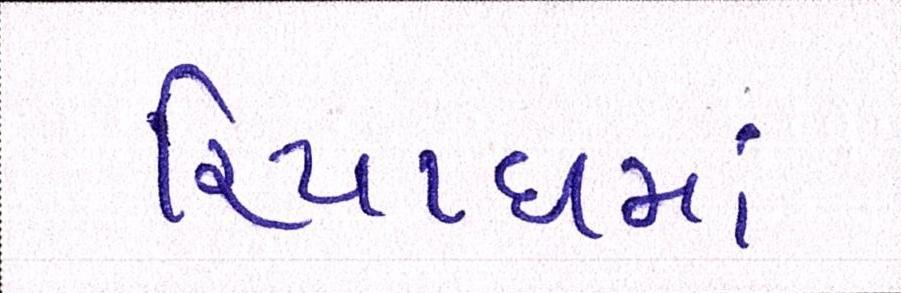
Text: રિયાધમાં